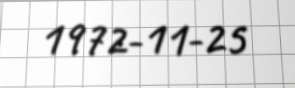
1972-11-25